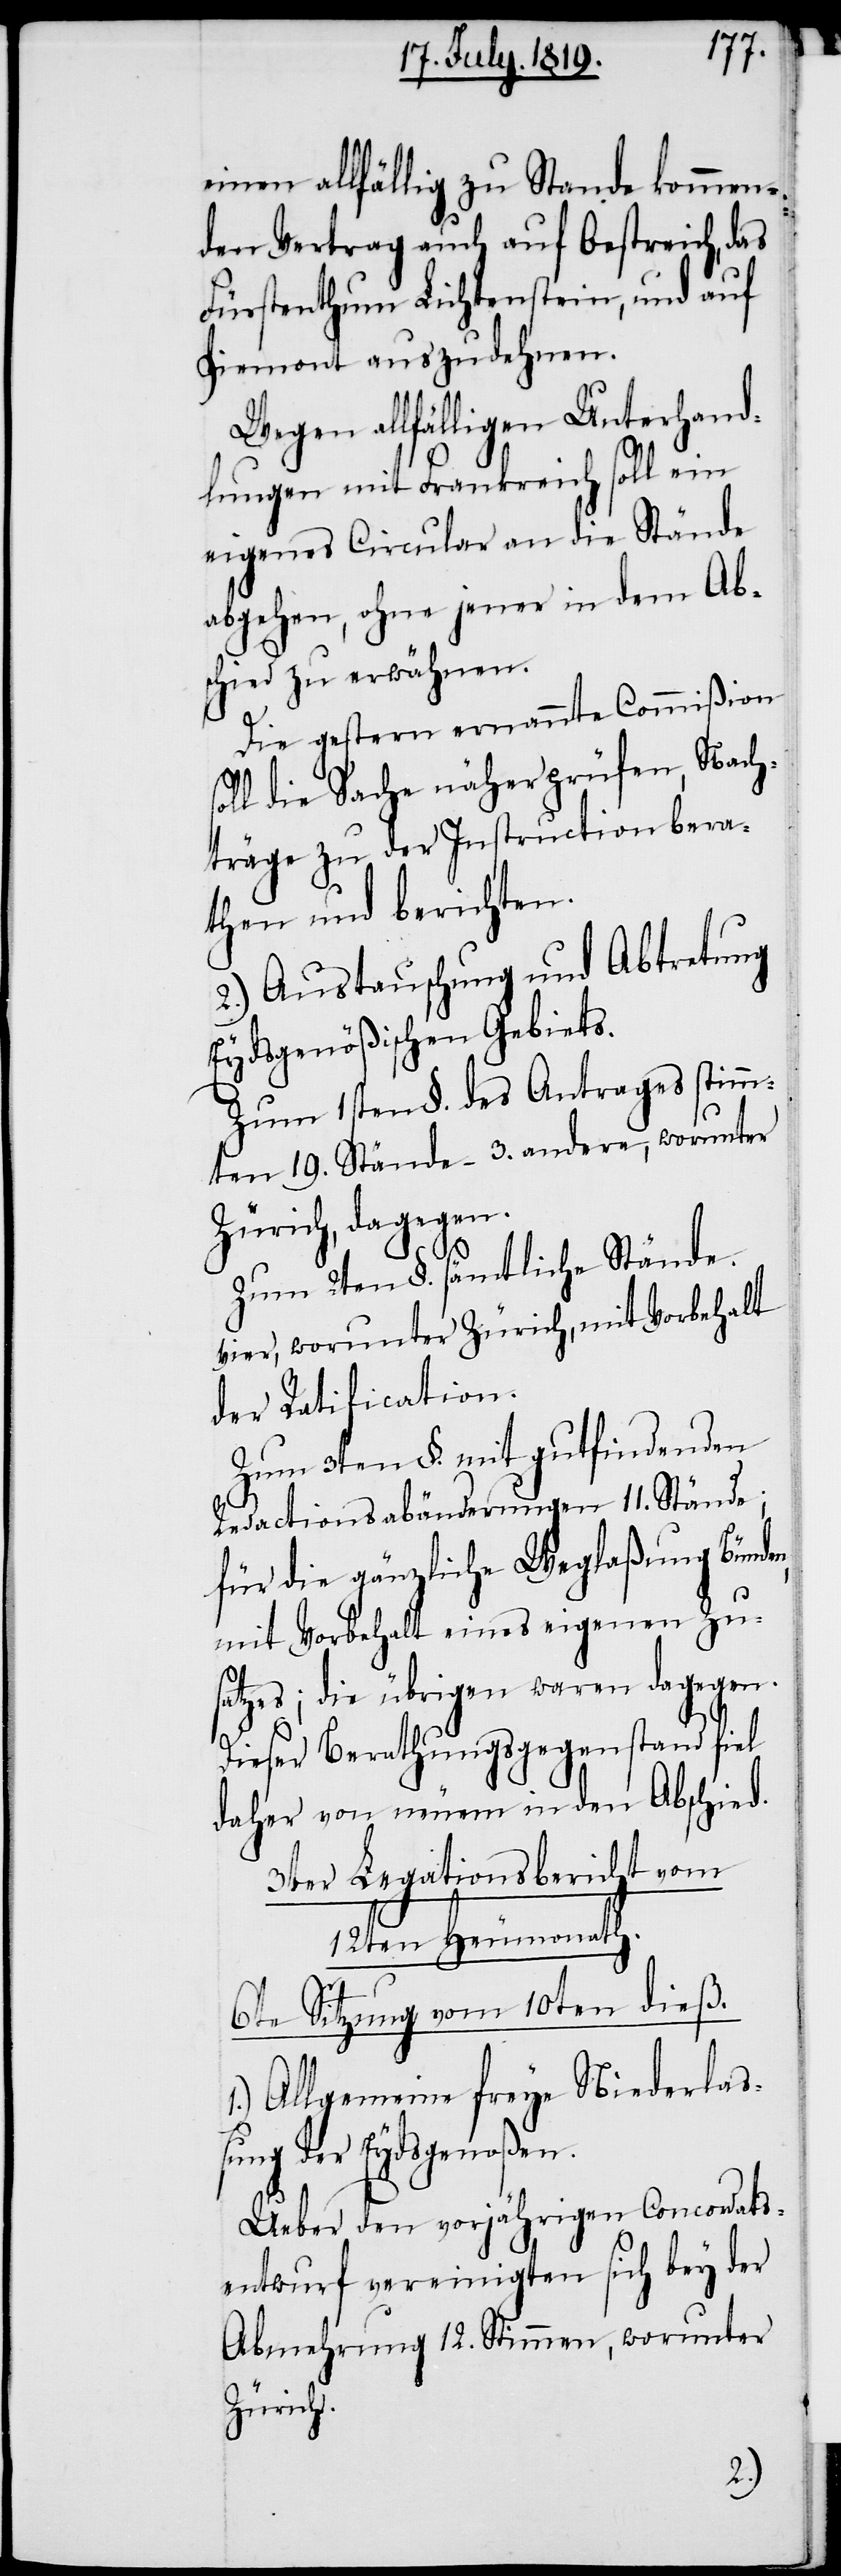
einen allfällig zu Stande kommen¬
den Vertrag auch auf Oestreich, das
Fürstenthum Lichtenstein, und auf
Piemont auszudehnen.
Wegen allfälligen Unterhand¬
lungen mit Frankreich soll ein
eigenes Circular an die Stände
abgehen, ohne jener in dem Ab¬
schied zu erwähnen.
Die gestern ernannte Commißion
die Sache näher prüfen, Nach¬
träge zu der Instruction bera¬
then und berichten.
2.) Austauschung und Abtretung
Eydsgenößischen Gebiets.
Zum 1sten §. des Antrages stimm¬
ten 19. Stände – 3. andere, worunter
Zürich, dagegen.
Zum 2ten §. sämtliche Stände.
Vier, worunter Zürich, mit Vorbehalt
der Ratification.
Zum 3ten §. mit gutfindenden
Redactionsabänderungen 11. Stände;
für die gänzliche Weglaßung Bünde¬
mit Vorbehalt eines eigenen Zus¬
atzes; die übrigen waren dagegen.
Dieser Berathungsgegenstand fiel
daher von neuem in den Abschied.
3ter Legationsbericht vom
12ten Heumonath.
6te Sitzung vom 10ten dieß.
1.) Allgemeine freye Niederlas¬
sung der Eydsgenoßen.
Ueber den vorjährigen Concordats¬
entwurf vereinigten sich bey der
Abmehrung 12. Stimmen, worunter
Zürich.
n,